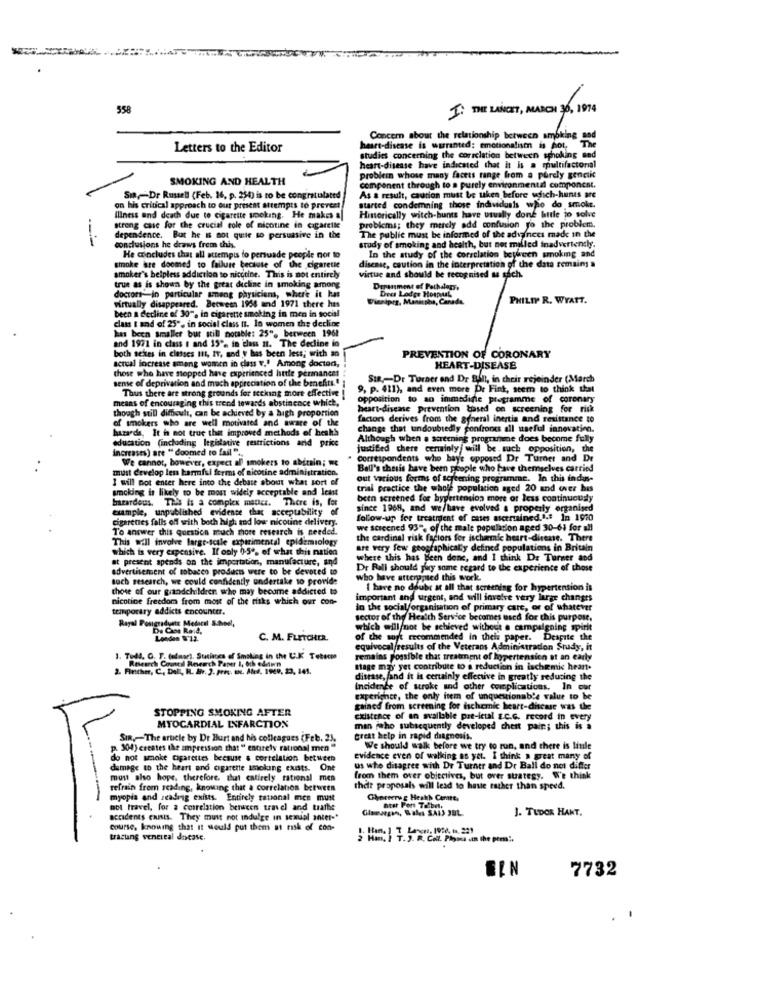
558
I. THE LANCET, MARCH 30, 1974
Concern about the relationship between smoking nad
Letters to the Editor
heart-disease is warranted: emotionalism is hot.
studies concerning the correlation between scholing med
heart-disease have indicated that it is a multifactorial
SMOKING AND HEALTH
problem whose many faces range from a purely genciic
As a result, caution must be uken before which-hunts are
component through to a purely environmental component.
Smp,Dr Russell (Feb. 16, p. 2540 is to be congratulated
on his critical approach to our present attempts to prevent
started condemning those individuals who do smoke.
Historically witch-bunts have usually dont hitle jo solve
Illness and death due to cigarette smoking. He makes a
strong case for the crucial role of nicotine in cigarette
probkms; they merely add confusion yo the problem.
The public must be informed of the advinces made in the
dependence. But he is not quite to persuasive in the
conclusions he draws frem this.
study of smoking and health, but not milled inadvertently.
He coincludes that all attempis to persuade people nor to
In the study of the correlation between smoking and
smoke are doomed to failure because of the cigarette
disease, caution in the interpretation of the data remains a
smoker's helpless addiction to nicctine. This is not entirely
virtue and should be recognised as sach.
true as is shown by the great dicline in smoking among
Department of Pathdlaps,
doctort-in particular smeng physiciens, where it has
virtually disappeared. Between 1966 and 1971 there has
Winnipeg, Manitoba, Canada,
Dect Lodge Houpaal
PHILIP R. WYATT.
been a decline of 30", in cigarette smoking in men in social
class t and of 25", in social class nt. In women the decline
has been smaller bur still notable: 25", between 1961
and 1971 in class s and 15', in 'class nt. The decline in
both sextes in classes III, IV, and y has been less; with an
actual increase among women in class v.º Among doctod,
PREVENTION OF CORONARY
those who have stopped have experienced hatte permancet
HEART-DISEASE
sense of deprivation and much appreciation of the benefits."
SIR ,- Dr Turaer and Dr Built, in their rejoinder (March
Thus there are strong grounds for tecking more effective
9, p. 411), and even more Dr Fint, seem to think that
means of encouraging this trend towards abstinence which,
opposition to an immediate programme of coronary
though still difficult, can be achieved by a high proportion
heart-disease prevention based on screening for risk
of smokers who are well motivated and aware of the
factors derives from the general inertia and resistance to
hazards. It is not true that improved methods of hesh
change that undoubtedly confronts all useful innovation.
education (including legislative restrictions and price
Although when . screening programme does become fully
increases) are " doomed to fail ".
justified chere certainly/ will be such opposition, the
We cannot, however, expect al) smokers to abitsin; we
Correspondents who baye opposed Dr Turner and Dr
must develop les harmful forms of nicotine administration.
Ball's thesis have been people who have themselves carried
I will not enter here into the debate about what sort of
out various forms of screening programme. In this indus-
smoking is likely to be most widely acceptable and least
trial practice the whole population aged 20 and over his
bitardeus. This is a complex matier. There is, for
been screened for hypertension more or less continuoudy
example, unpublished evidence that acceptability of
since 1968, and we/have evolved a properly organised
cigarettes falls off with both high and low nicotine delivery.
follow-up for treatment of cases actruined.".# In 1970
To answer this question much more research is needed.
we screened 93", of the male population aged 30-61 for all
This will involve large-scale experimental epidemiology
the cardinal risk factors for ischemic heart-direne. There
which is very expensive. If only 0-5", of what this nation
are very few geographically defined populations in Britain
at present spends on the importation, manufacture, and
where this has Been done, and I think De Turner and
advertisement of tobacco products were to be devoted to
Dr Rali should py some regard to the experience of those
such research, we could confidently undertake to provide
who have atterppied this work.
ed this work.
those of our grandchildren whe may becume addicted to
I have no doubt at all that screening for hypertension is
nicotine freedom from most of the risks which our con-
important and urgent, and will involve very large changes
temporary addicts encounter.
In the socialforganisation of primary care, or of whatever
Rayal Postgraduate Medical School,
sector of the Health Service becomes used for this purpose.
Da Cos Reid,
which will not be achieved without e campaigning spirit
London W'1.2.
C. M. FLETCHER.
of the sort recommended in theis paper. Despite the
equivocal/results of the Veterans Administration Study, it
1. Tudl. G. T. delmar), Staciaces of Smoking in the U.K Tebecpe
Research Council Research Paper 1, och ediwn
remains possible that treatment of hypertension at an early
2. Finther, C, Dell, R. Br. 2. prec. a. Aled. 1929, 23, 241.
stage may' yet contribute to a reduction in ischemic heart.
disease, and it is certainly effective in greatly reducing the
incidence of stroke and other complications. In our
experience, the only item of unquestionab's value to be
STOPPING SMOKING AFTER
gained from screening for ischemic heart-disease was the
existence of an available pre-ietal E.C.G. record in every
MYOCARDIAL INFARCTION
man jeho subsequently developed chest pain; this is a
SIR ,- The article by Dr Burt and his colleagues (Feb. 23.
Great help in rapid diagnosis.
p. 304) creates the ampression that " entirely rational men"
We should walk before we try to run, and there is little
do not smoke cigarettes because a correlation between
Evidence even of walking as yet. I think a great many of
damage to the heart and cigarette smoking exists. Ont
us whe disagree with Dr Turner and Dr Ball do not differ
most also hope, therefore. thut catirely rational men
from them over objectives, but over strategy. We think
refrain from reading, knowing that a correlation between
ther proposals will lead to heste rather than speed.
myopia and reading exists. Entirely tational men must
Choreereg Health Care,
tot travel, for a correlation between travel and trathe
Glamvegan, Wales SAIS JBL
nter Port Talbot,
J. TUDOR HART.
accidents cuisis. They must not indulge in semial anter-"
Course, knowing that it would put them at risk of con-
tracung venereal docase.
2 Han, I T. J. R. Coll. Paysa in the pers".
7732